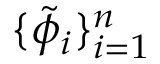
\{ \tilde { \phi } _ { i } \} _ { i = 1 } ^ { n }